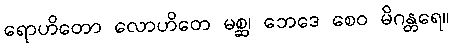
ရောဟိတော လောဟိတေ မစ္ဆ၊ ဘေဒေ စေဝ မိဂန္တရေ။